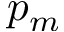
p _ { m }